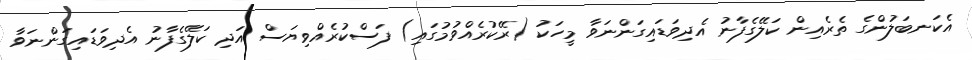
އެކަނބަލުންގެ ތެރެއިން ކަލޭގެފާނު އެދިވަޑައިގަންނަވާ މީހަކު (ރޭކުރެއްވުމުގައި) ފަސްކުރެއްވިޔަސް އަދި ކަލޭގެފާނު އެދިވަޑައިގަންނަވާ